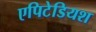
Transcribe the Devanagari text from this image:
एपिटेडियश